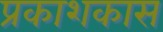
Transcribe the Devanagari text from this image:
प्रकाशकास